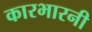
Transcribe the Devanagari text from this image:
कारभारनी